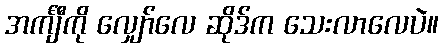
အင်္ကျီကို လျှော်လေ ဆိုဒ်က သေးလာလေပဲ။